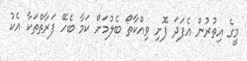
މީގެ އިތުރުން އެފަދަ ފޮށި ވިއްކާތޯ ބެލުމަށް ކަމާ ބެހޭ ފަރާތްތަކާ އެކު